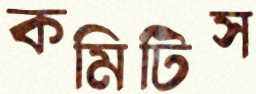
কমিটিস